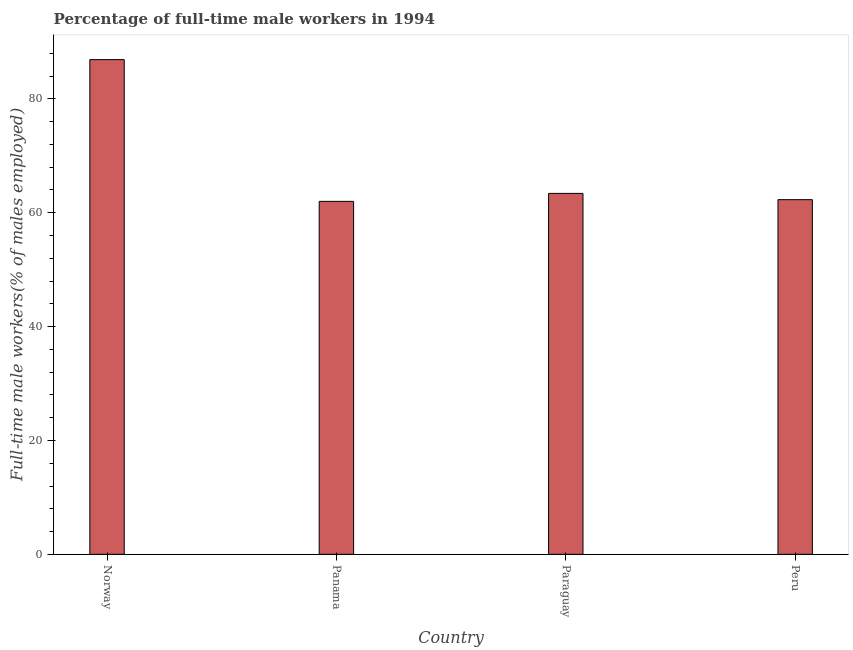
| Country | Wage and salary workers |
 | --- | --- |
 | Norway | 86.9 |
 | Panama | 62 |
 | Paraguay | 63.4 |
 | Peru | 62.3 |